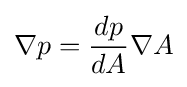
\nabla p={\frac {dp}{dA}}\nabla A